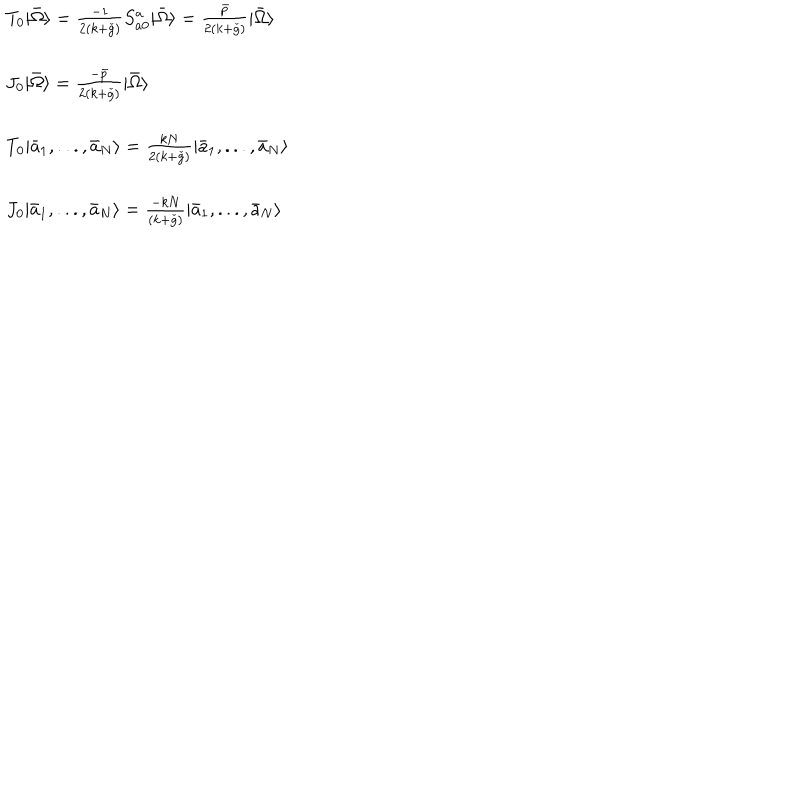
\begin{array} { l } { { T _ { 0 } | \bar { \Omega } \rangle = \frac { - 1 } { 2 ( k + \check { g } ) } S _ { a 0 } ^ { a } | \bar { \Omega } \rangle = \frac { \bar { p } } { 2 ( k + \check { g } ) } | \bar { \Omega } \rangle } } \\ { { \ } } \\ { { J _ { 0 } | \bar { \Omega } \rangle = \frac { - \bar { p } } { 2 ( k + \check { g } ) } | \bar { \Omega } \rangle } } \\ { { \ } } \\ { { T _ { 0 } | \bar { a } _ { 1 } , . . . , \bar { a } _ { N } \rangle = \frac { k N } { 2 ( k + \check { g } ) } | \bar { a } _ { 1 } , . . . , \bar { a } _ { N } \rangle } } \\ { { \ } } \\ { { J _ { 0 } | \bar { a } _ { 1 } , . . . , \bar { a } _ { N } \rangle = \frac { - k N } { ( k + \check { g } ) } | \bar { a } _ { 1 } , . . . , \bar { a } _ { N } \rangle } } \\ \end{array}